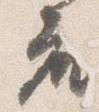
座